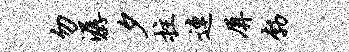
勿潺夕拄连屏勃